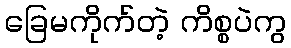
ခြေမကိုက်တဲ့ ကိစ္စပဲကွ